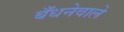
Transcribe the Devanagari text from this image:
बँधनेवाले